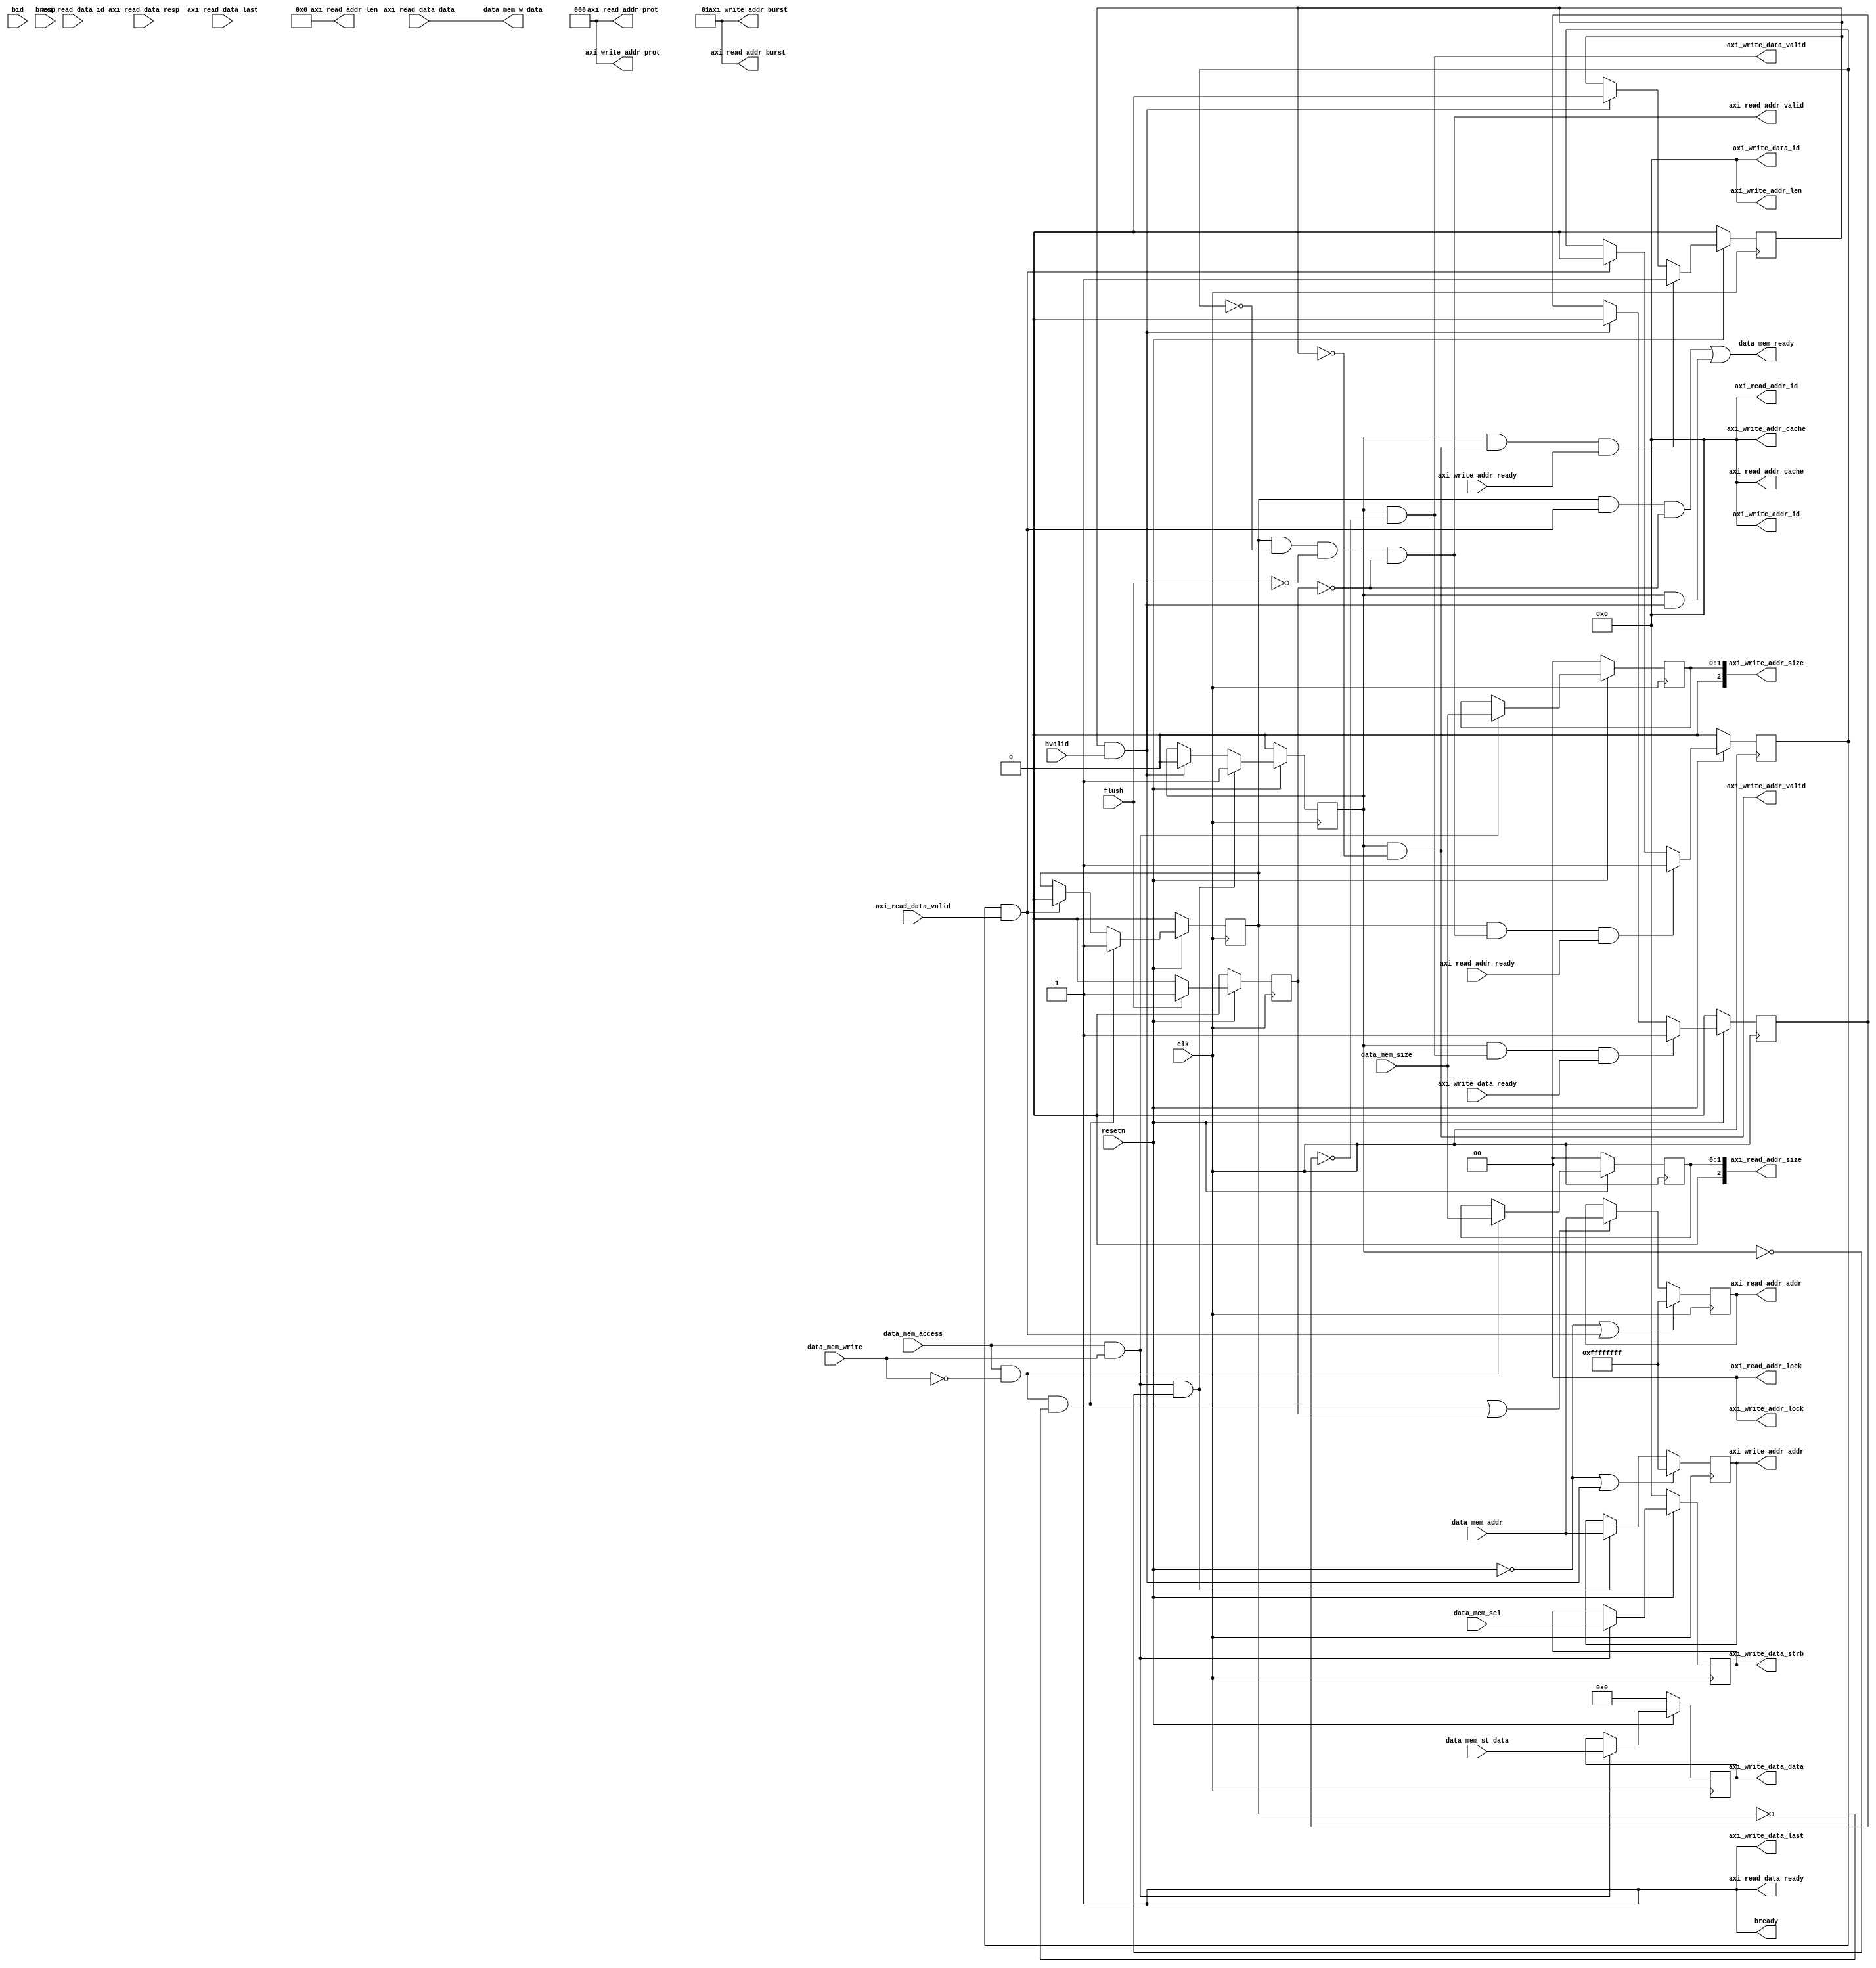
`timescale 1ns / 1ps
//////////////////////////////////////////////////////////////////////////////////
// Company: 
// Engineer: 
// 
// Design Name: 
// Module Name: axi_interface
// Project Name: 
// Target Devices: 
// Tool Versions: 
// Description: 
// 
// Dependencies: 
// 
// Revision:
// Revision 0.01 - File Created
// Additional Comments:
// 
//////////////////////////////////////////////////////////////////////////////////


module axi_interface(
    input wire clk,
    input wire resetn,
    
    //cache port
    input wire[31:0] data_mem_addr,
    input wire data_mem_access,
    input wire data_mem_write,
    input wire[1:0] data_mem_size,
    input wire[3:0] data_mem_sel,
    output wire data_mem_ready,
    input wire[31:0] data_mem_st_data,
    output wire[31:0] data_mem_w_data,

    input wire flush,

    // axi port //
    //axi   
    output wire[3:0] axi_read_addr_id,      //axiid,  4'b0
    output wire[31:0] axi_read_addr_addr,   //axi
    output wire[7:0] axi_read_addr_len,     //(beats),  4'b0
    output wire[2:0] axi_read_addr_size,    //(bytes per beats)
    output wire[1:0] axi_read_addr_burst,   //,   2'b01
    output wire[1:0] axi_read_addr_lock,    //,  2'b0
    output wire[3:0] axi_read_addr_cache,   //cache ,  4'b0
    output wire[2:0] axi_read_addr_prot,    //,  3'b0
    output wire axi_read_addr_valid,        //
    input wire axi_read_addr_ready,         //slave
   
    //axi                 
    input wire[3:0] axi_read_data_id,            //axi_read_addr_id, 4'b0
    input wire[31:0] axi_read_data_data,         //slave
    input wire[1:0] axi_read_data_resp,          //, 
    input wire axi_read_data_last,               //, 
    input wire axi_read_data_valid,              //
    output wire axi_read_data_ready,             //master
    
    //axi              
    output wire[3:0] axi_write_addr_id,      //axiid,  4'b0
    output wire[31:0] axi_write_addr_addr,   //
    output wire[3:0] axi_write_addr_len,     //(beats),  4'b0
    output wire[2:0] axi_write_addr_size,    //(bytes per beats)
    output wire[1:0] axi_write_addr_burst,   //,   2'b01
    output wire[1:0] axi_write_addr_lock,    //,  2'b0
    output wire[3:0] axi_write_addr_cache,   //cache ,  4'b0
    output wire[2:0] axi_write_addr_prot,    //,  3'b0
    output wire axi_write_addr_valid,        //
    input wire axi_write_addr_ready,         //slave
   
    //axi        
    output wire[3:0] axi_write_data_id,       //axi_write_addr_id, 4'b0
    output wire[31:0] axi_write_data_data,    //
    output wire[3:0] axi_write_data_strb,     //
    output wire axi_write_data_last,          //, 1'b1
    output wire axi_write_data_valid,         //
    input wire axi_write_data_ready,          //slave
    
    //axi                 
    input  wire[3:0] bid,       //id
    input  wire[1:0] bresp,     //
    input wire bvalid,          //
    output wire bready          //master

    );
    wire read_finish;
	wire write_finish;

    wire read = data_mem_access && ~data_mem_write;
    wire write = data_mem_access && data_mem_write;
    
    reg [3:0] write_wen;
    reg  read_req;
	reg  write_req;
	reg  [1:0]  read_size;
	reg  [1:0]  write_size;
	reg  [31:0] read_addr;
	reg  [31:0] write_addr;
	reg  [31:0] write_data;
	reg  read_addr_finish;
	reg  write_addr_finish;
	reg  write_data_finish;
		
    reg flush_reg;

    always @(posedge clk) begin
        flush_reg <= ~resetn ? 1'b0:
                    flush ? 1'b1:
                    1'b0; 
    end

    always @(posedge clk) begin

        read_req   <= (~resetn) ? 1'b0 :
				 	  (read && ~read_req) ? 1'b1 :
			 		  (read_finish) ? 1'b0 : 
					  read_req;

        read_addr <= (~resetn || read_finish) ? 32'hffffffff : 
	                 (read && ~read_req || flush_reg) ? data_mem_addr :
	                 read_addr;

        read_size  <= (~resetn) ? 2'b00 :
					  (read) ? data_mem_size :
					  read_size;

        write_req  <= (~resetn) ? 1'b0 :
					  (write && ~write_req) ? 1'b1 :
					  (write_finish) ? 1'b0 : 
					  write_req;

        write_addr <= (~resetn || write_finish) ? 32'hffffffff : 
                      (write && ~write_req) ? data_mem_addr :                     
                      write_addr;

        write_size <= (~resetn) ? 2'b00 :
					  (write) ? data_mem_size :
					  write_size;

        write_wen <= (~resetn) ? 4'b0000 :
                    (write) ? data_mem_sel:
                    write_wen;

        write_data <= (~resetn) ? 32'b0 :
                    (write) ? data_mem_st_data:
                    write_data;
    end

    always @(posedge clk) begin
		read_addr_finish  <= (~resetn) ? 1'b0 :
		                     (read_req && axi_read_addr_valid && axi_read_addr_ready) ? 1'b1 :
						 	 (read_finish) ? 1'b0 :
					 		 read_addr_finish;
		write_addr_finish <= (~resetn) ? 1'b0 :
							 (write_req && axi_write_addr_valid && axi_write_addr_ready) ? 1'b1 :
							 (write_finish) ? 1'b0 :
							 write_addr_finish;
		write_data_finish <= (~resetn) ? 1'b0 :
							 (write_req && axi_write_data_valid && axi_write_data_ready) ? 1'b1 :
							 (write_finish) ? 1'b0 :
							 write_data_finish;
	end


    assign data_mem_ready = read_req && read_finish && ~flush_reg|| write_req && write_finish;
	
	assign data_mem_w_data = axi_read_data_data;	

    assign read_finish = read_addr_finish && axi_read_data_valid && axi_read_data_ready;
	assign write_finish = write_addr_finish && bvalid && bready;
		
	
	assign axi_read_addr_id = 4'b0;
	assign axi_read_addr_addr = read_addr;
    assign axi_read_addr_len = 8'b0;
	assign axi_read_addr_size = read_size;
    assign axi_read_addr_burst = 2'b01;
    assign axi_read_addr_lock = 2'b0;
    assign axi_read_addr_cache = 4'b0;
    assign axi_read_addr_prot = 3'b0;
	assign axi_read_addr_valid = read_req && ~read_addr_finish && ~flush && ~flush_reg;

	assign axi_read_data_ready = 1'b1;
	
	assign axi_write_addr_id = 4'b0;
	assign axi_write_addr_addr = write_addr;
    assign axi_write_addr_len = 8'b0;
	assign axi_write_addr_size = write_size;
    assign axi_write_addr_burst = 2'b01;
    assign axi_write_addr_lock = 2'b0;
    assign axi_write_addr_cache = 4'b0;
    assign axi_write_addr_prot = 3'b0;
	assign axi_write_addr_valid = write_req && ~write_addr_finish;

	assign axi_write_data_id = 4'b0;
	assign axi_write_data_data = write_data;
	assign axi_write_data_strb = write_wen;
    assign axi_write_data_last = 1'b1;
	assign axi_write_data_valid = write_req && ~write_data_finish;

	assign bready = 1'b1;
    
endmodule